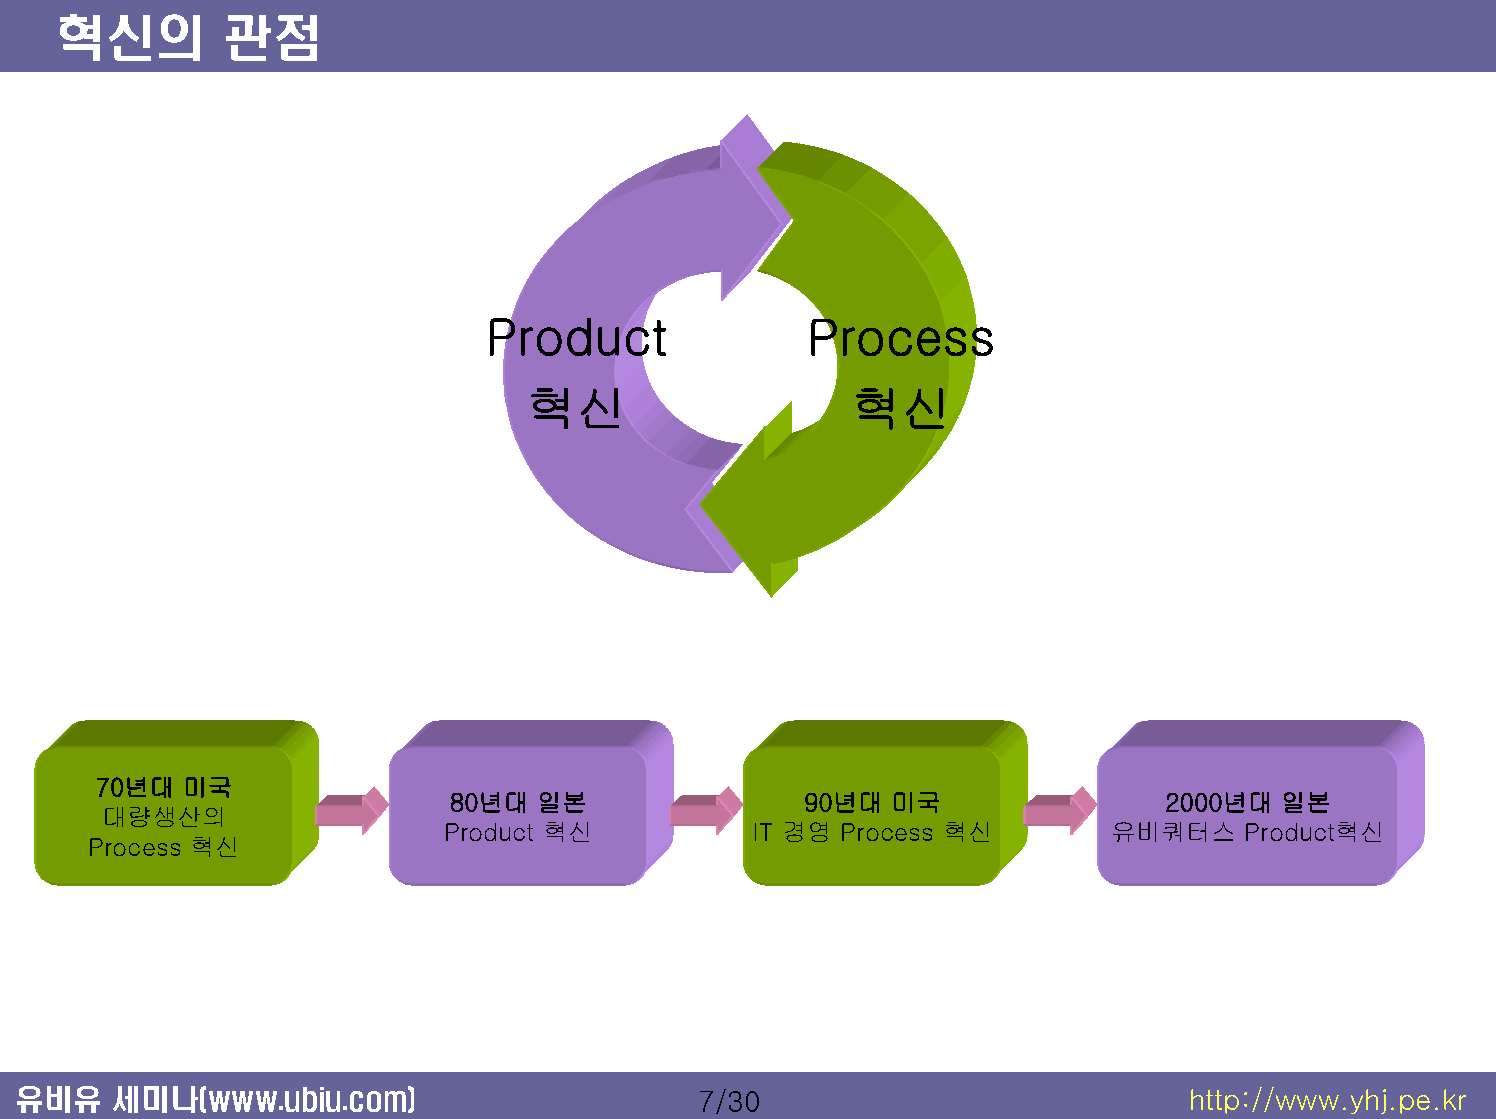
혁신의        관점
 Product              Process
 혁신                    혁신
 70년대  미국
 80년대  일본                90년대  미국                2000년대 일본
 대량생산의
 Product 혁신          IT 경영 Process 혁신        유비쿼터스    Product혁신
 Process 혁신
 유비유   세미나(www.ubiu.com)                      7/30                            http://www.yhj.pe.kr